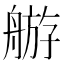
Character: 䑻